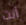
أنت